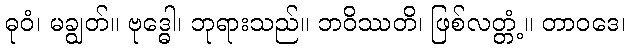
ဓုဝံ၊ မချွတ်။ ဗုဒ္ဓေါ၊ ဘုရားသည်။ ဘဝိဿတိ၊ ဖြစ်လတ္တံ့။ တာဝဒေ၊